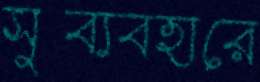
সুব্যবহারে